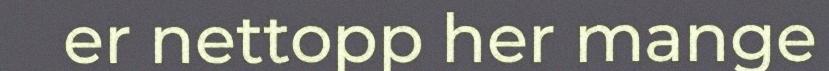
er nettopp her mange